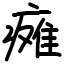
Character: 瘫